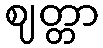
ဈတ္တာ